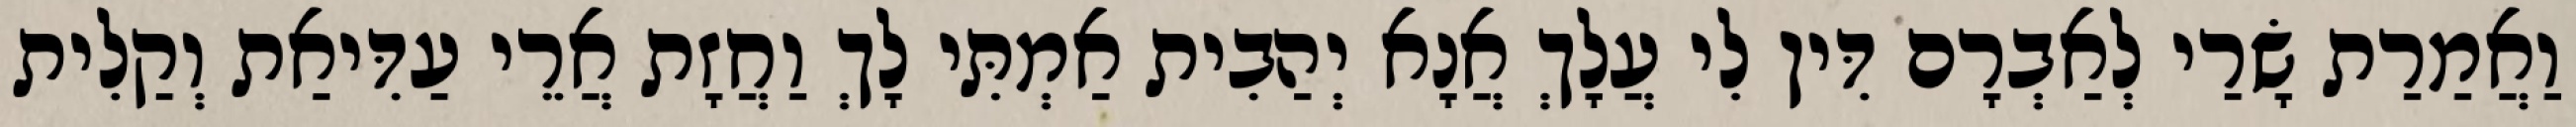
וַאֲמַרַת שָׂרַי לְאַבְרָם דִּין לִי עֲלָךְ אֲנָא יְהַבִית אַמְתִּי לָךְ וַחֲזָת אֲרֵי עַדִּיאַת וְקַלִית